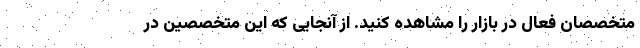
متخصصان فعال در بازار را مشاهده کنید. از آنجایی که این متخصصین در